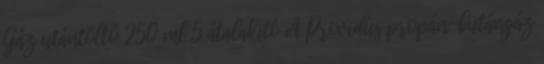
Gáz utántöltő 250 ml 5 átalakító A ​Providus propán-butángáz